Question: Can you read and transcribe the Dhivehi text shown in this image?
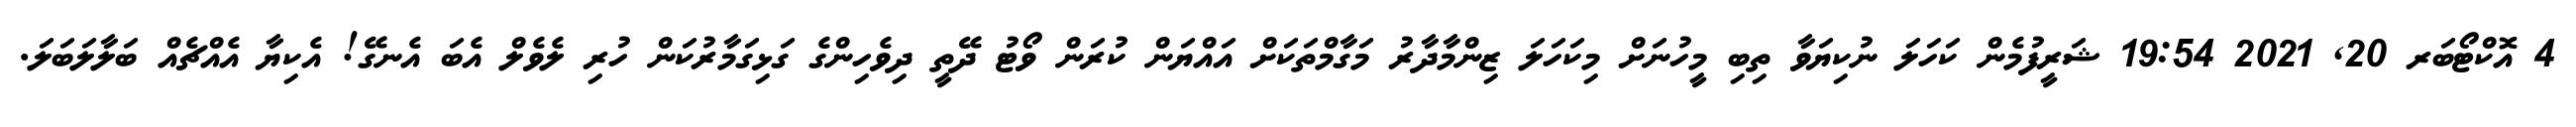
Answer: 4 އޮކްޓޯބަރ 20, 2021 19:54 ޝަރީފުމެން ކަހަލަ ނުކިޔަވާ ތިބި މީހުނަށް މިކަހަލަ ޒިންމާދާރު މަގާމްތަކަށް އައްޔަން ކުރަން ވޯޓު ދޭތީ ދިވެހިންގެ ގަޅިގަމާރުކަން ހުރި ލެވެލް އެބަ އެނގޭ! އެކިޔާ އެއްޗެއް ބަލާލަބަލަ.